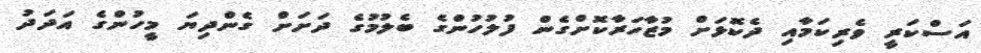
އަސްކަރީ ވެރިކަމާއި ދެކޮޅަށް މުޒާހަރާކޮށްގެން ފުލުހުންގެ ބެލުމުގެ ދަށަށް ގެންދިޔަ މީހުންގެ އަދަދު